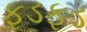
ફડફડ